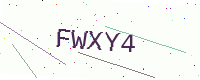
Text: FWXY4